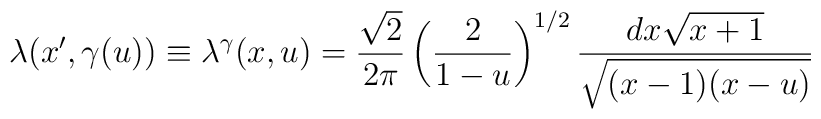
\lambda(x',\gamma(u)) \equiv \lambda^{\gamma} (x,u) =\frac{\sqrt2}{2\pi} \left( \frac{2}{1-u}\right)^{1/2} \frac{dx\sqrt{x+1}}{\sqrt{(x-1)(x-u)}}